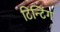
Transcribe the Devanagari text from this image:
टिन्टिंग